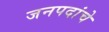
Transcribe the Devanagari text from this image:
जनपदांचे